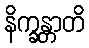
နိက္ခန္တာတိ